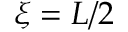
\xi = L / 2